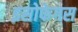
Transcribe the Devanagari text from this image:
इसोफेगस